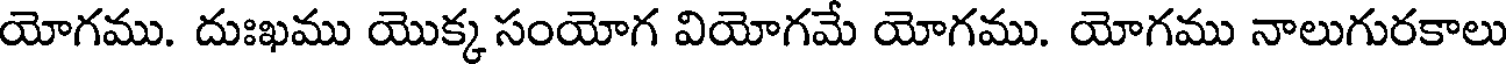
యోగము. దుఃఖము యొక్క సంయోగ వియోగమే యోగము. యోగము నాలుగురకాలు